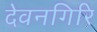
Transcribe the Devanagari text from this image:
देवनगिरि